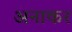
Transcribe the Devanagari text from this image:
अनाकर